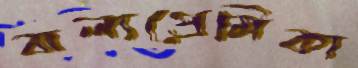
বাল্যপ্রেমিকা